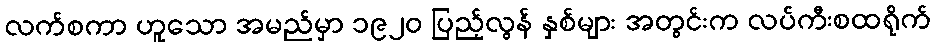
လက်စကာ ဟူသော အမည်မှာ ၁၉၂၀ ပြည့်လွန် နှစ်များ အတွင်းက လပ်ကီးစထရိုက်